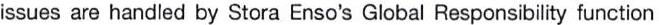
issues are handled by Stora Enso's Global Responsibility function